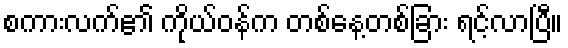
စကားလက်၏ ကိုယ်ဝန်က တစ်နေ့တစ်ခြား ရင့်လာပြီ။